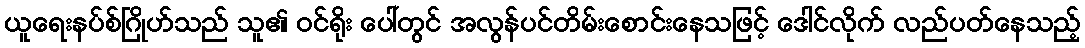
ယူရေးနပ်စ်ဂြိုဟ်သည် သူ၏ ဝင်ရိုး ပေါ်တွင် အလွန်ပင်တိမ်းစောင်းနေသဖြင့် ဒေါင်လိုက် လည်ပတ်နေသည့်